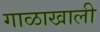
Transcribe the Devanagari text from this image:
गाळाखाली